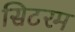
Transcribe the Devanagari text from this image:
सिटरम